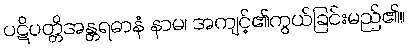
ပဋိပတ္တိအန္တရဓာနံ နာမ၊ အကျင့်၏ကွယ်ခြင်းမည်၏။